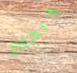
وتحتاج